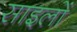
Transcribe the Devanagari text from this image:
साइलों